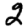
Digit: 2